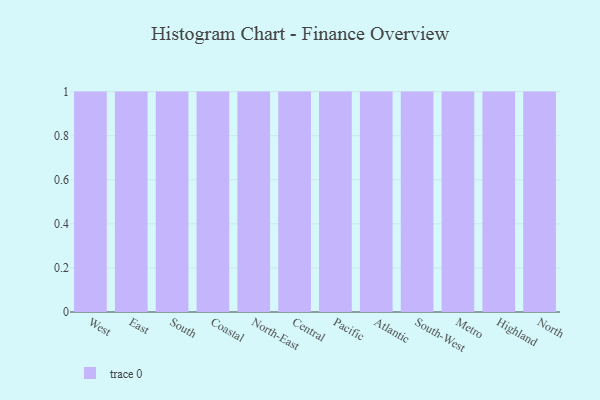
{"axis": {"x": "Region", "y": "Waste Production (Tons)"}, "legend": [""], "data": [{"x": "West", "y": 38, "type": ""}, {"x": "East", "y": 69, "type": ""}, {"x": "South", "y": 11, "type": ""}, {"x": "Coastal", "y": 15, "type": ""}, {"x": "North-East", "y": 36, "type": ""}, {"x": "Central", "y": 77, "type": ""}, {"x": "Pacific", "y": 26, "type": ""}, {"x": "Atlantic", "y": 93, "type": ""}, {"x": "South-West", "y": 44, "type": ""}, {"x": "Metro", "y": 36, "type": ""}, {"x": "Highland", "y": 24, "type": ""}, {"x": "North", "y": 60, "type": ""}]}